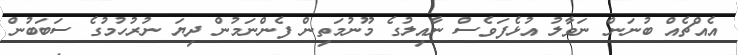
އެއްޗެއް ބުނަން ނަވާލު އުޅެފަވެސް ނާއިލުގެ މޫނުމަތިން ފެންނަމުން ދިޔަ ނުރުހުމުގެ ސަބަބުން